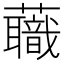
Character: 蘵